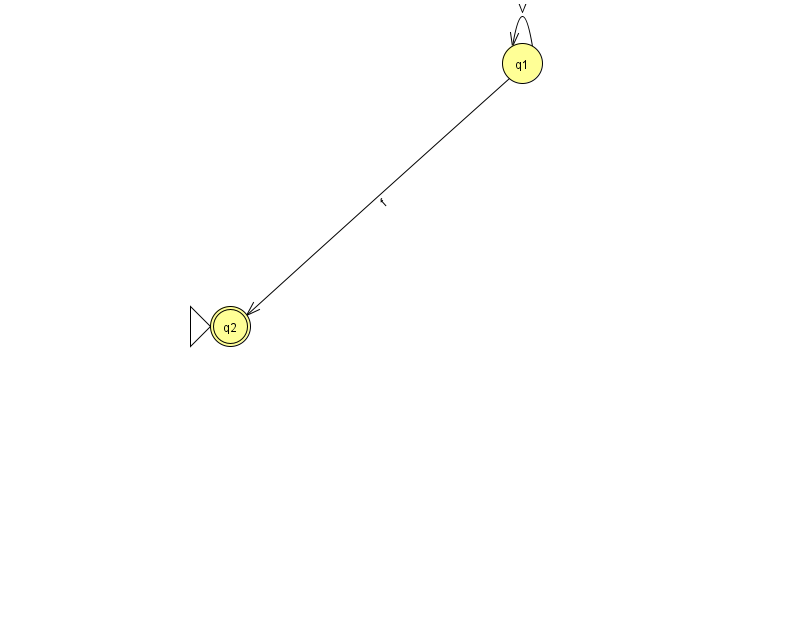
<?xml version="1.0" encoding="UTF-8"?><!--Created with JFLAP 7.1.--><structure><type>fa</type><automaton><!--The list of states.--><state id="1" name="q1"><x>522.0</x><y>50.0</y></state><state id="2" name="q2"><x>230.0</x><y>313.0</y><initial/><final/></state><!--The list of transitions.--><transition><from>1</from><to>2</to><read>f</read></transition><transition><from>1</from><to>1</to><read>V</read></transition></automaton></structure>